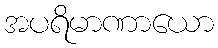
အပရိမာဏာယော